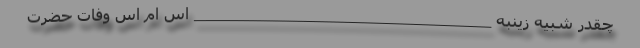
چقدر شبیه زینبه _________________________________ اس ام اس وفات حضرت